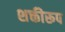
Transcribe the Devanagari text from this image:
शक्तीरूप